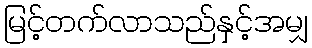
မြင့်တက်လာသည်နှင့်အမျှ